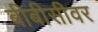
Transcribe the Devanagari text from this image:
बीबीसीवर